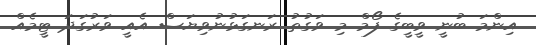
އިންމަ ބުނީ ވީބީގެ ފޯމް މި ވަގުތު ރަނގަޅުނުވިޔަސް އެއީ ވަރުގަދަ ޓީމެއް